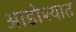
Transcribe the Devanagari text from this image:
आडोश्यात